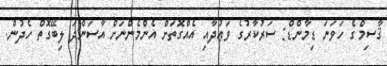
ޤާސިމްގެ ހަވަނަ ޑިމާންޑް: ސަރުކާރުގެ ވަޢުދާއި އެއްގޮތަށް އެންމެންނަށް އާސަންދަ ލިބޭގޮތް ހެދުން.